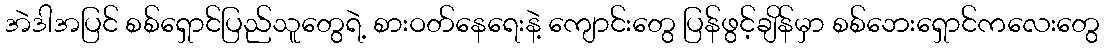
အဲဒါအပြင် စစ်ရှောင်ပြည်သူတွေရဲ့ စားဝတ်နေရေးနဲ့ ကျောင်းတွေ ပြန်ဖွင့်ချိန်မှာ စစ်ဘေးရှောင်ကလေးတွေ